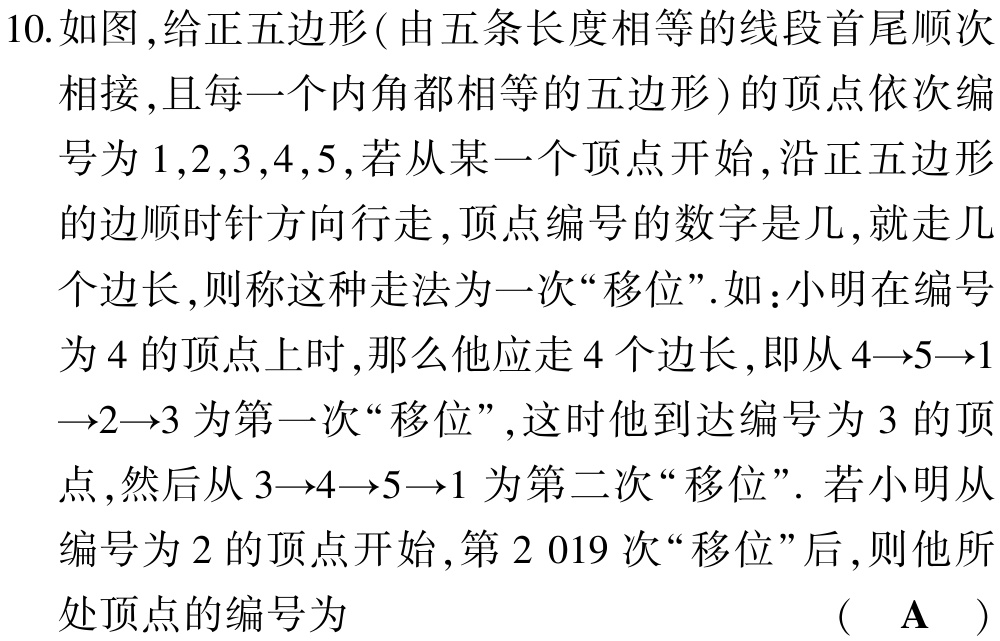
10. 如图 , 给正五边形 ( 由五条长度相等的线段首尾顺次
相接 , 且每一个内角都相等的五边形 ) 的顶点依次编
号为 \(1,2,3,4,5\), 若从某一个顶点开始 , 沿正五边形
的边顺时针方向行走 , 顶点编号的数字是几 , 就走几
个边长 , 则称这种走法为一次 “移位”. 如：小明在编号
为 \(4\) 的顶点上时 , 那么他应走 \(4\) 个边长 , 即从 \(4\rightarrow5\rightarrow1\)
\(\rightarrow2\rightarrow3\) 为第一次 “移位”, 这时他到达编号为 \(3\) 的顶
点 , 然后从 \(3\rightarrow4\rightarrow5\rightarrow1\) 为第二次 “移位”. 若小明从
编号为 \(2\) 的顶点开始 , 第 \(2\ 019\) 次 “移位” 后 , 则他所
处顶点的编号为
( A )